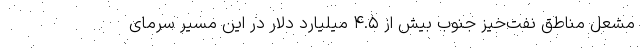
مشعل مناطق نفت‌خیز جنوب بیش از ۴.۵ میلیارد دلار در این مسیر سرمای